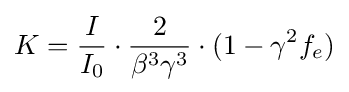
{K}={\frac {I}{I_{0}}}\cdot {\frac {2}{{\beta }^{3}{\gamma }^{3}}}\cdot (1-\gamma ^{2}f_{e})